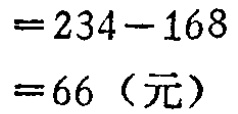
\[
\begin{align*}
&=234 - 168\\
&=66\ (\text{元})
\end{align*}
\]